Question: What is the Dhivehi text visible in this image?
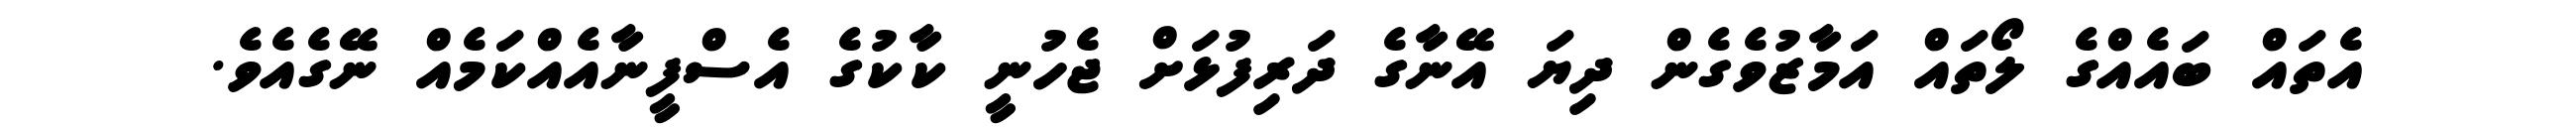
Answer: އެތައް ބައެއްގެ ލޯތައް އަމާޒުވެގެން ދިޔަ އޭނާގެ ދަރިފުޅަށް ޖެހުނީ ކާކުގެ އެސްފީނާއެއްކަމެއް ނޭގެއެވެ.